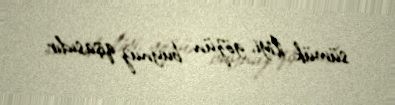
sümük iliyi, gözün buynuz qişasıdır.